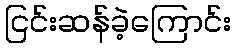
ငြင်းဆန်ခဲ့ကြောင်း